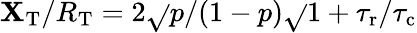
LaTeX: \mathbf{X}_{\mathrm{{T}}}/R_{\mathrm{{T}}}=2\sqrt{}{{p/(1-p)}}\sqrt{}{{1+{\tau_{\mathrm{{r}}}}/{\tau_{\mathrm{{c}}}}}}